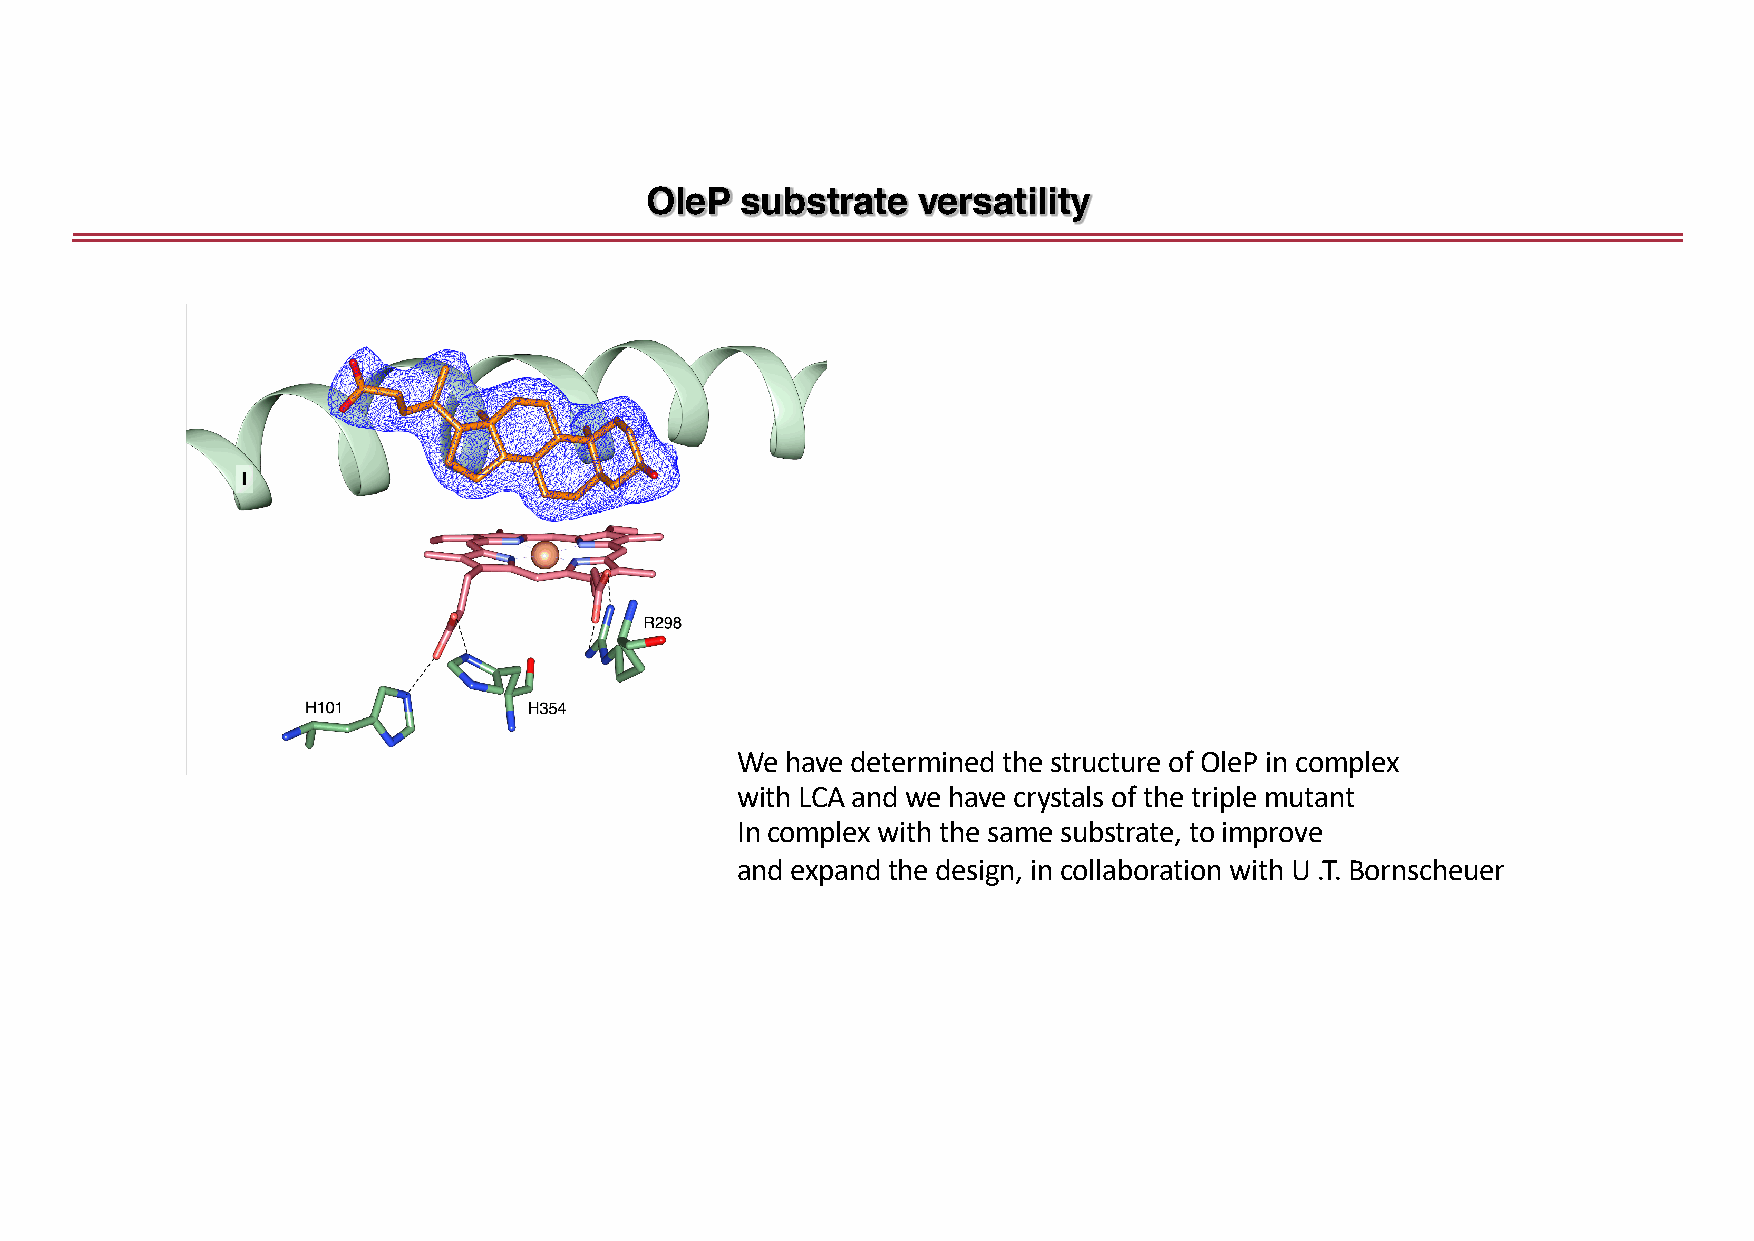
OleP  substrate   versatility
 We have determined the structure of OleP in complex
 with LCA and we have crystals of the triple mutant
 In complex with the same substrate, to improve
 and expand the design, in collaboration with U .T. Bornscheuer